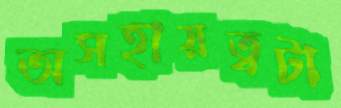
অসহায়ত্বটা